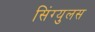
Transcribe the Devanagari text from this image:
सिंग्युलस